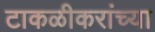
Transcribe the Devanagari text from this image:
टाकळीकरांच्या